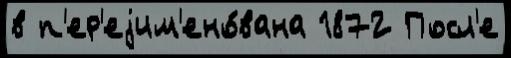
в п'ер'еjим'ено́вана 1872 Посл'е